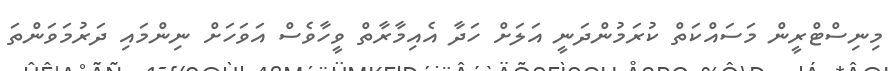
މިނިސްޓްރީން މަސައްކަތް ކުރަމުންދަނީ އަލަށް ހަދާ އެއިމާރާތް ވީހާވެސް އަވަހަށް ނިންމައި ދަރުމަވަންތަ